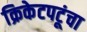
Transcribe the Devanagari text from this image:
क्रिकेटपटूंचा